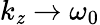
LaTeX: k_{\mathit{z}}\rightarrow\omega_{0}